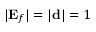
| \ensuremath { \mathbf { E } _ { f } } | = | \ensuremath { \mathbf { d } } | = 1